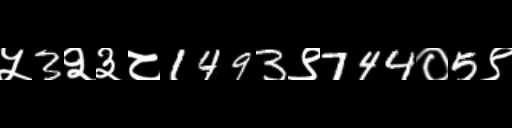
Text: ५3२३८1493९744०5९